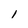
Character: l